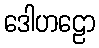
ဒေါဟဠော